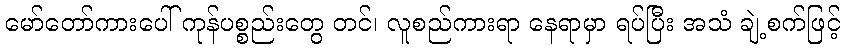
မော်တော်ကားပေါ် ကုန်ပစ္စည်းတွေ တင်၊ လူစည်ကားရာ နေရာမှာ ရပ်ပြီး အသံ ချဲ့စက်ဖြင့်